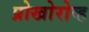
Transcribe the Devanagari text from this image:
प्रोखोरोव्ह